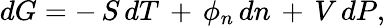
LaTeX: dG=-\, S\, dT\, +\, \phi_{n}\, dn\, +\, V\, dP,